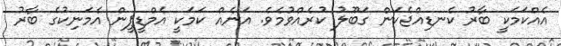
އެއްކަމަކީ ބާރު ކެނޑިއްޖެކަން ގަބޫލު ކުރެއްވުމެވެ. އަނެއް ކަމަކީ އެމްޑީޕީން އެމަނިކުގެ ބާރު